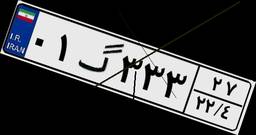
۰۱گ۳۳۳۲۷